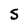
Character: S